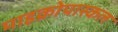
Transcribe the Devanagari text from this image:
माइक्रोपास्कल